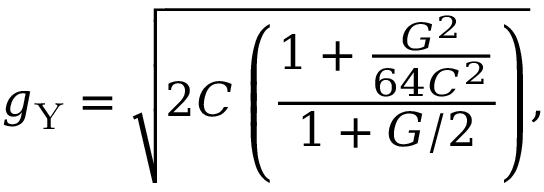
g _ { \mathrm { Y } } = \sqrt { 2 C \left( \frac { 1 + \frac { G ^ { 2 } } { 6 4 C ^ { 2 } } } { 1 + G / 2 } \right) } ,